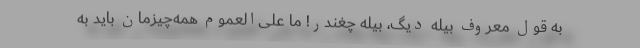
به قول معروف بیله دیگ، بیله چغندر! ما علی‌العموم همه‌چیزمان باید به